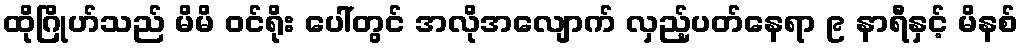
ထိုဂြိုဟ်သည် မိမိ ဝင်ရိုး ပေါ်တွင် အလိုအလျောက် လှည့်ပတ်နေရာ ၉ နာရီနှင့် မိနစ်